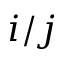
i / j